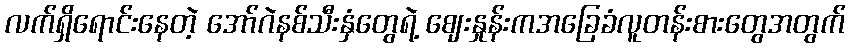
လက်ရှိရောင်းနေတဲ့ အော်ဂဲနစ်သီးနှံတွေရဲ့ ဈေးနှုန်းကအခြေခံလူတန်းစားတွေအတွက်